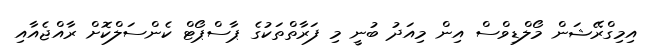
އިމިގްރޭޝަން މޯލްޑިވްސް އިން މިއަދު ބުނީ މި ފަރާތްތަކުގެ ޕާސްޕޯޓް ކެންސަލްކޮށް ރާއްޖެއާއި